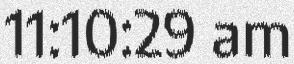
11:10:29 am